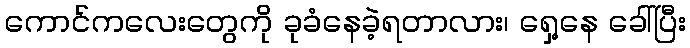
ကောင်ကလေးတွေကို ခုခံနေခဲ့ရတာလား၊ ရှေ့နေ ခေါ်ပြီး